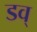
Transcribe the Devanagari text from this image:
डव्